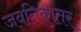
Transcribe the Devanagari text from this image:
जवनिकांतर